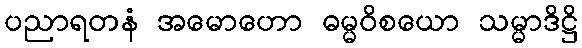
ပညာရတနံ အမောဟော ဓမ္မဝိစယော သမ္မာဒိဋ္ဌိ